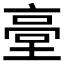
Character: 𡎲